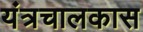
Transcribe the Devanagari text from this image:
यंत्रचालकास